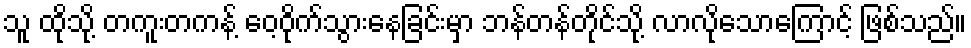
သူ ထိုသို့ တကူးတကန့် ဝေ့ဝိုက်သွားနေခြင်းမှာ ဘန်တန်တိုင်သို့ လာလိုသောကြောင့် ဖြစ်သည်။